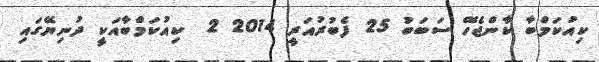
ކިއުކަމްބާ ކާންޖެހޭ ސަބަބު 25 ފެބުރުއަރީ 2014 2  ކިއުކަމްބާއަކީ ދުނިޔޭގައި